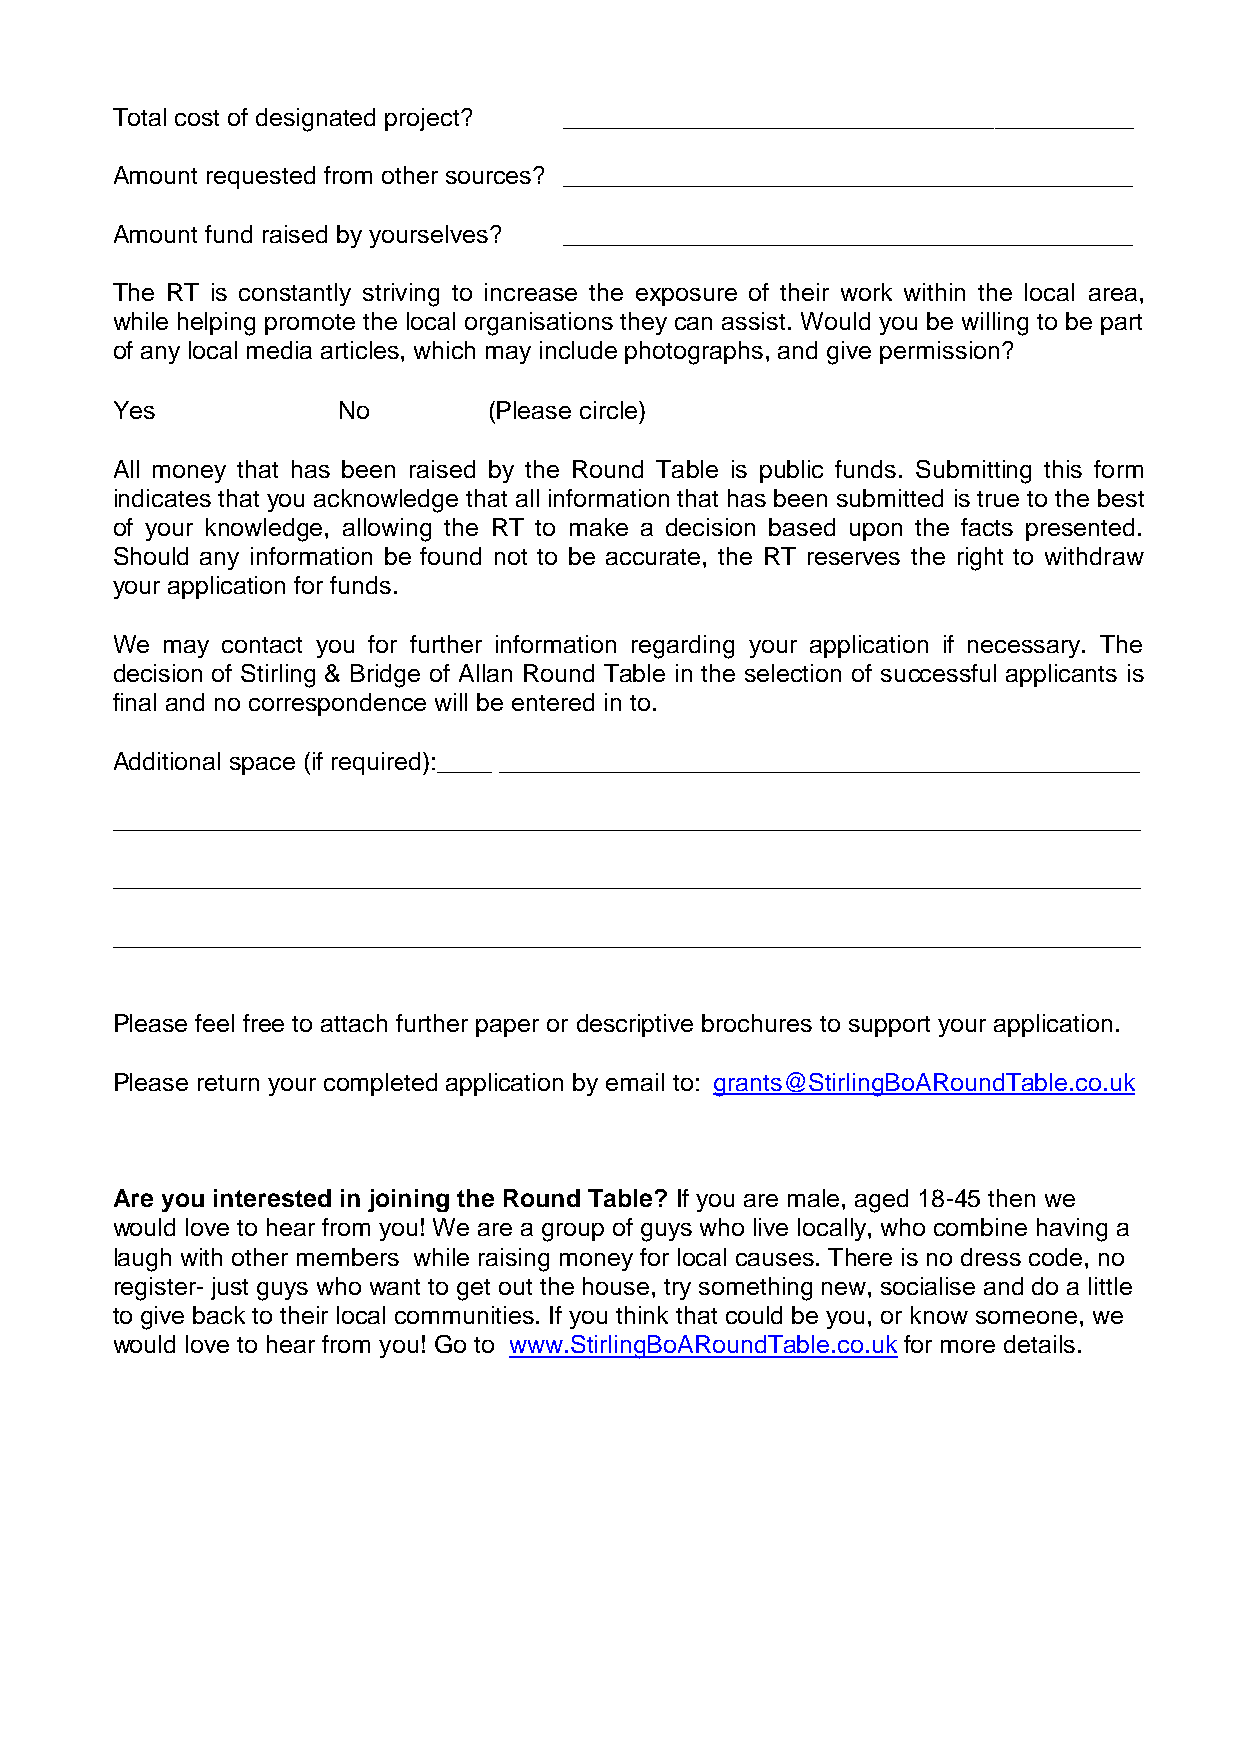
Total cost of designated project? _________________________________________
 Amount requested from other sources? _________________________________________
 Amount fund raised by yourselves? _________________________________________
 The RT is constantly striving to increase the exposure of their work within the local area,
 while helping promote the local organisations they can assist. Would you be willing to be part
 of any local media articles, which may include photographs, and give permission?
 Yes            No        (Please circle)
 All money that has been raised by the Round Table is public funds. Submitting this form
 indicates that you acknowledge that all information that has been submitted is true to the best
 of your knowledge, allowing the RT to make a decision based upon the facts presented.
 Should any information be found not to be accurate, the RT reserves the right to withdraw
 your application for funds.
 We  may contact you for further information regarding your application if necessary. The
 decision of Stirling & Bridge of Allan Round Table in the selection of successful applicants is
 final and no correspondence will be entered in to.
 Additional space (if required):____ ______________________________________________
 __________________________________________________________________________
 __________________________________________________________________________
 __________________________________________________________________________
 Please feel free to attach further paper or descriptive brochures to support your application.
 Please return your completed application by email to: grants@StirlingBoARoundTable.co.uk
 Are you interested in joining the Round Table? If you are male, aged 18-45 then we
 would love to hear from you! We are a group of guys who live locally, who combine having a
 laugh with other members while raising money for local causes. There is no dress code, no
 register- just guys who want to get out the house, try something new, socialise and do a little
 to give back to their local communities. If you think that could be you, or know someone, we
 would love to hear from you! Go to www.StirlingBoARoundTable.co.uk for more details.